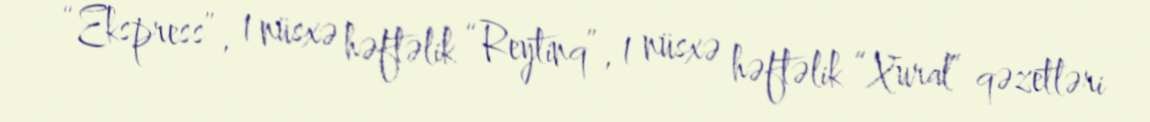
“Ekspress”, 1 nüsxə həftəlik “Reytinq”, 1 nüsxə həftəlik “Xural” qəzetləri